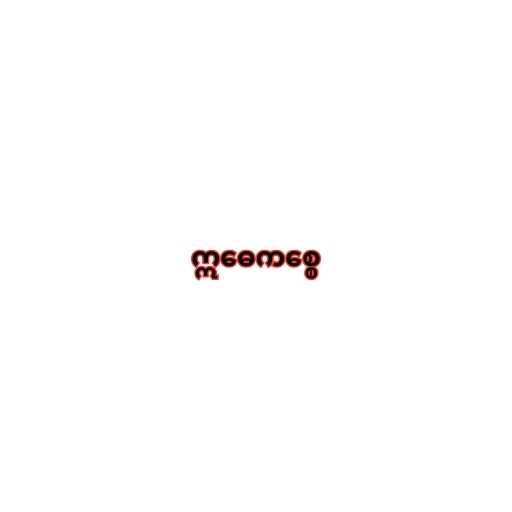
ဣဓေကစ္စေ